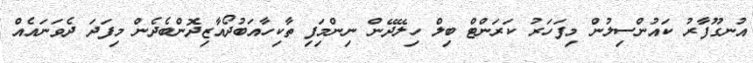
އުނގޫފާރު ކައުންސިލުން މިފަހަރު ކަރަންޓް ބިލް ހިލޭދޭން ނިންމަިފި ތާކިހާއަބުދޯއާޒިދޮންބެދެން މިފަދަ ދެވަނައެއް